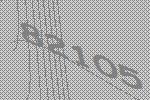
82105